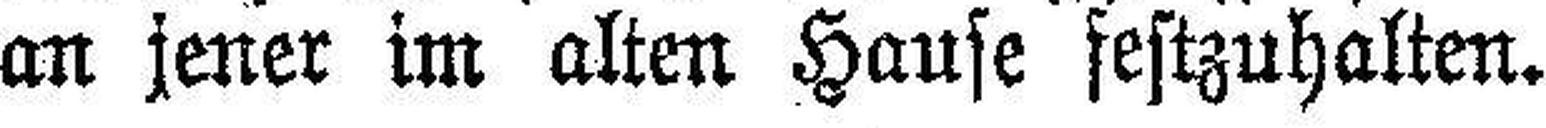
an jener im alten Hause festzuhalten.